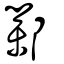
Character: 鄴